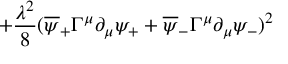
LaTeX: + { \frac { \lambda ^ { 2 } } { 8 } } ( \overline { { { \psi } } } _ { + } \Gamma ^ { \mu } \partial _ { \mu } \psi _ { + } + \overline { { { \psi } } } _ { - } \Gamma ^ { \mu } \partial _ { \mu } \psi _ { - } ) ^ { 2 }